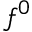
f ^ { 0 }